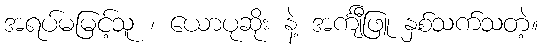
အရပ်မမြင့်သူ ၊ ယောပုဆိုး နဲ့ အင်္ကျီဖြူ နှစ်သက်သတဲ့။